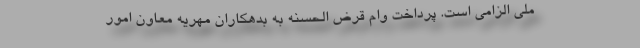
ملی الزامی است. پرداخت وام قرض الحسنه به بدهکاران مهریه معاون امور